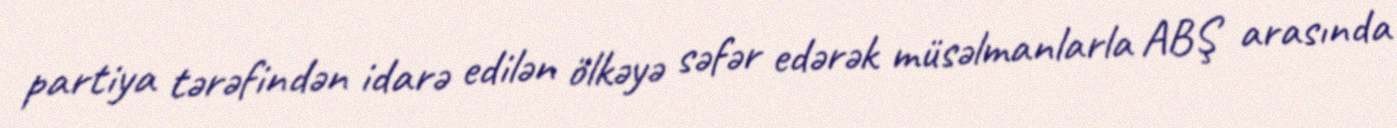
partiya tərəfindən idarə edilən ölkəyə səfər edərək müsəlmanlarla ABŞ arasında